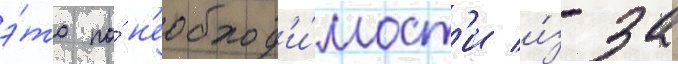
э́то по́ н'еобход'и́мост'и и́з-за